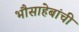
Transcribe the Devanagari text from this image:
भौसाहेबांची